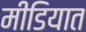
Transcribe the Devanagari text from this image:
मीडियात